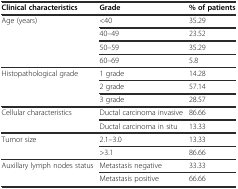
<table><thead><tr><td><b>Clinical characteristics</b></td><td><b>Grade</b></td><td><b>% of patients</b></td></tr></thead><tbody><tr><td rowspan="4">Age (years)</td><td>&lt;40</td><td>35.29</td></tr><tr><td>40–49</td><td>23.52</td></tr><tr><td>50–59</td><td>35.29</td></tr><tr><td>60–69</td><td>5.8</td></tr><tr><td rowspan="3">Histopathological grade</td><td>1 grade</td><td>14.28</td></tr><tr><td>2 grade</td><td>57.14</td></tr><tr><td>3 grade</td><td>28.57</td></tr><tr><td rowspan="2">Cellular characteristics</td><td>Ductal carcinoma invasive</td><td>86.66</td></tr><tr><td>Ductal carcinoma in situ</td><td>13.33</td></tr><tr><td rowspan="2">Tumor size</td><td>2.1–3.0</td><td>13.33</td></tr><tr><td>&gt;3.1</td><td>86.66</td></tr><tr><td rowspan="2">Auxillary lymph nodes status</td><td>Metastasis negative</td><td>33.33</td></tr><tr><td>Metastasis positive</td><td>66.66</td></tr></tbody></table>